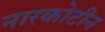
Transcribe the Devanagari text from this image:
नारकोटीन